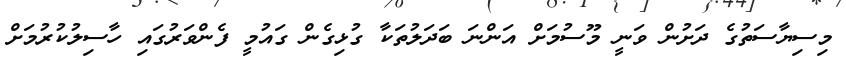
މިސިޔާސަތުގެ ދަށުން ވަނީ މޫސުމަށް އަންނަ ބަދަލުތަކާ ގުޅިގެން ގައުމީ ފެންވަރުގައި ހާސިލުކުރުމަށް